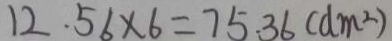
1 2 . 5 6 \times 6 = 7 5 . 3 6 ( d m ^ { 2 } )